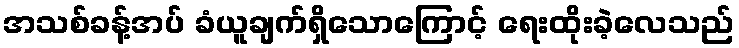
အသစ်ခန့်အပ် ခံယူချက်ရှိသောကြောင့် ရေးထိုးခဲ့လေသည်